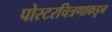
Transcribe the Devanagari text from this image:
पोस्टरचित्रणाकडून